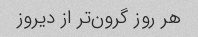
هر روز گرون‌تر از دیروز